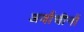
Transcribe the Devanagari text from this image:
अर्वाचीनों